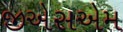
જીએસએમ